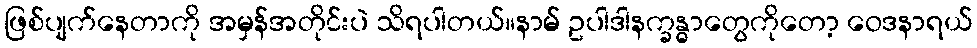
ဖြစ်ပျက်နေတာကို အမှန်အတိုင်းပဲ သိရပါတယ်။နာမ် ဥပါဒါနက္ခန္ဓာတွေကိုတော့ ဝေဒနာရယ်